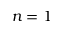
n = 1